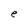
Character: e